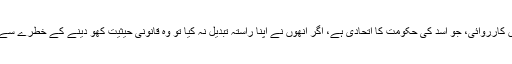
ان کا کہنا تھا کہ ‘مجھے یقین ہے کہ روس کی شام میں کارروائی، جو اسد کی حکومت کا اتحادی ہے، اگر انھوں نے اپنا راستہ تبدیل نہ کیا تو وہ قانونی حیثیت کھو دینے کے خطرے سے دوچار ہونے کی ایک افسوس ناک مثال بن سکتے ہیں۔